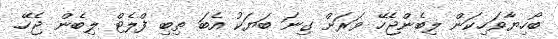
ބޯހިޔާވަހިކަން ލިބެންޖެހޭ ވަރަށް ގިނަ ބަޔަކު އެބަ ތިބި ފްލެޓް ލިބެން ޖެހޭ.